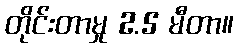
တိုင်းတာမှု 2.5 မီတာ။